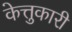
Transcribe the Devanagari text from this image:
केत्तुकारी